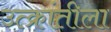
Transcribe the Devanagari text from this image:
उत्क्रांतीला